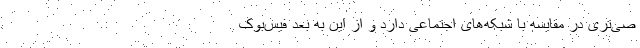
صی‌تری در مقایسه با شبکه‌های اجتماعی دارد و از این به بعد فیس‌بوک